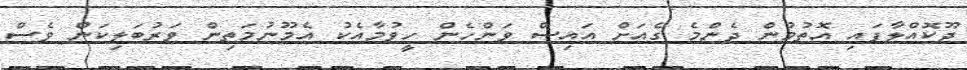
ދޫކޮއްލާފައި އޮތުމުން ދެންމެ ގެއަށް އައިސް ވަންހެން ހީވުމާއެކު އެމޫނުމަތިން ވަރުބަލިކަން ވެސް